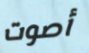
أصوت